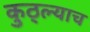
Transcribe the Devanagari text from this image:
कुठ्ल्याच